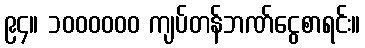
၉၄။ ၁၀၀၀၀၀၀ ကျပ်တန်ဘဏ်ငွေစာရင်း။